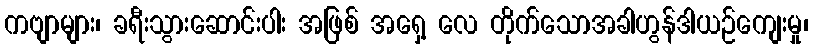
ကဗျာများ၊ ခရီးသွားဆောင်းပါး အဖြစ် အရှေ့ လေ တိုက်သောအခါဟွန်ဒါယဉ်ကျေးမှု၊